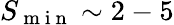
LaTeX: S_{\mathrm{~m~i~n~}}\sim 2-5